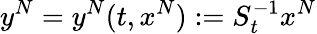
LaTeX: y^{N}=y^{N}(t,x^{N}):=S_{t}^{-1}x^{N}